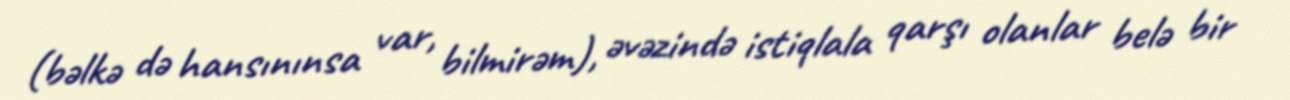
(bəlkə də hansınınsa var, bilmirəm), əvəzində istiqlala qarşı olanlar belə bir